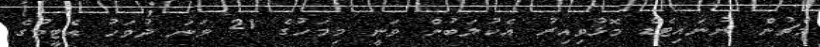
މެޗުން ޔުނައިޓެޑް މޮޅުވިއިރު އެކުލަބުން ވަނީ މިމަހުގެ 21 ވަނަ ދުވަހު އެޓީމުގެ